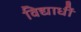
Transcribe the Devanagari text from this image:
विद्यार्धी